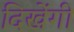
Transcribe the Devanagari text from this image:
दिखेंगी